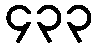
၄၃၃